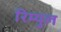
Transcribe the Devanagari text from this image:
रिम्युल